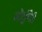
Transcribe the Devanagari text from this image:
भोंदूगिरी